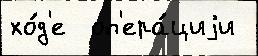
хо́д'е  оп'ера́циjи